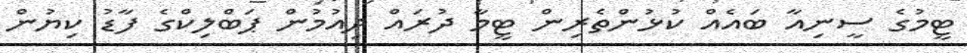
ޓީމުގެ ސީނިއާ ބައެއް ކުޅުންތެރިން ޓީމާ ދުރައް ދިއުމުން ޕަބްލިކްގެ ފާޑު ކިޔުން